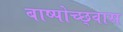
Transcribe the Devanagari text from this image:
बाष्पोच्छ्‌वास